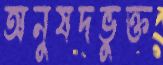
অনুষদভুক্ত